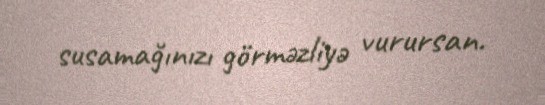
susamağınızı görməzliyə vurursan.